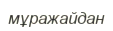
мұражайдан